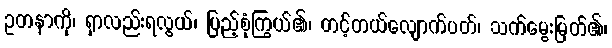
ဥတနာကို၊ ရှာလည်းရလွယ်၊ ပြည့်စုံကြွယ်၏၊ တင့်တယ်လျောက်ပတ်၊ သက်မွေးမြတ်၏၊